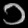
Digit: ၁